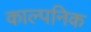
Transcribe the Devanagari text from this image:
काल्‍पनिक